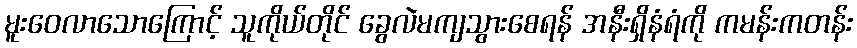
မူးဝေလာသောကြောင့် သူကိုယ်တိုင် ခွေလဲမကျသွားစေရန် အနီးရှိနံရံကို ကမန်းကတန်း